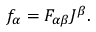
f _ { \alpha } = F _ { \alpha \beta } J ^ { \beta } .